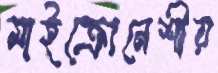
মাইক্রোনেশীয়